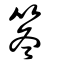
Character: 笗